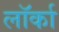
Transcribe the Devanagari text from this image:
लॉर्का